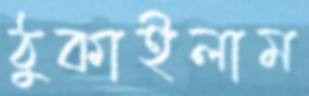
ঠুকাইলাম